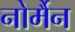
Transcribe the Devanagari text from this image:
नोर्मैन